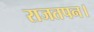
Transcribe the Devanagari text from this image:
राजतपन।